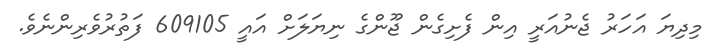
މިދިޔަ އަހަރު ޖެނުއަރީ އިން ފެށިގެން ޖޫންގެ ނިޔަލަށް އައީ 609105 ފަތުރުވެރިންނެވެ.